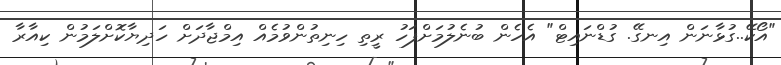
"އޯކޭ..ގުޅާނަން އިނގޭ. ގުޑްނައިޓް" އެހެން ބުނެލުމަށްފަހު ރީތި ހިނިތުންވުމެއް އިމްޖާދަށް ހަދިޔާކޮށްލަމުން ކިއާރާ